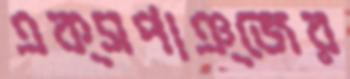
এক্সপাঞ্জের